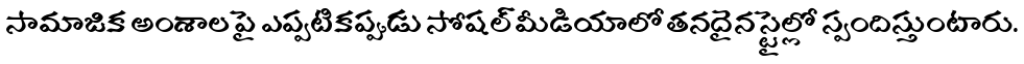
సామాజిక అంశాల పై ఎప్పటికప్పుడు సోషల్ మీడియాలో తనదైన స్టైల్లో స్పందిస్తుంటారు.